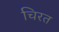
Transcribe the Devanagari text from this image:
चिरत